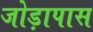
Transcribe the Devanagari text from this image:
जोड़ापास